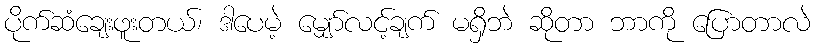
ပိုက်ဆံချေးဖူးတယ်၊ ဒါပေမဲ့ မျှော်လင့်ချက် မရှိဘဲ ဆိုတာ ဘာကို ပြောတာလဲ